画像に写った文字を読んでください
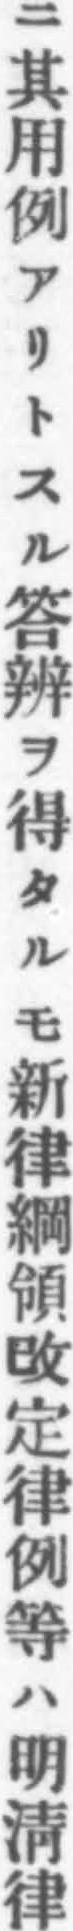
「ニ其用例アリトスル答辨ヲ得タルモ新律綱領改定律例等ハ明淸律」と書いてあります